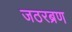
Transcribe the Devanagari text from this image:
जठरब्रण